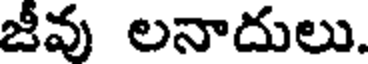
జీవు లనాదులు.